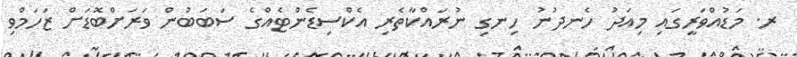
ރ. މަޑުއްވަރީގައި މިއަދު ހެނދުނު ހިނގި ނުރައްކާތެރި އެކްސިޑެންޓެއްގެ ސަބަބުން ވަރަށްބޮޑަށް ޒަހަމްވި